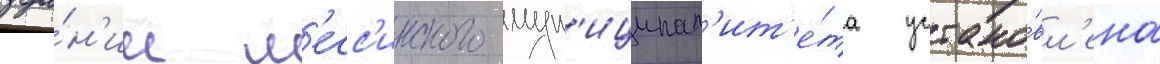
зда́н'ии м'есс'инского мун'иципал'ит'е́та устано́вл'ена